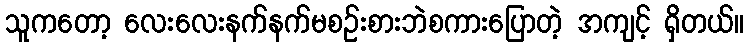
သူကတော့ လေးလေးနက်နက်မစဉ်းစားဘဲစကားပြောတဲ့ အကျင့် ရှိတယ်။